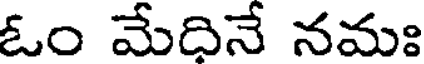
ఓం మేధినే నమః